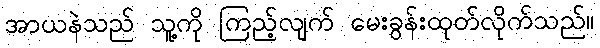
အာယနဲသည် သူ့ကို ကြည့်လျက် မေးခွန်းထုတ်လိုက်သည်။